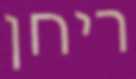
ריחן